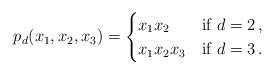
LaTeX: \begin{align*}p _d(x_1,x_2,x_3)=\begin{cases}x_1x_2 & \mbox{if } d=2\, ,\\x_1x_2x_3 & \mbox{if } d=3\, .\end{cases}\end{align*}